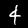
Label: 4